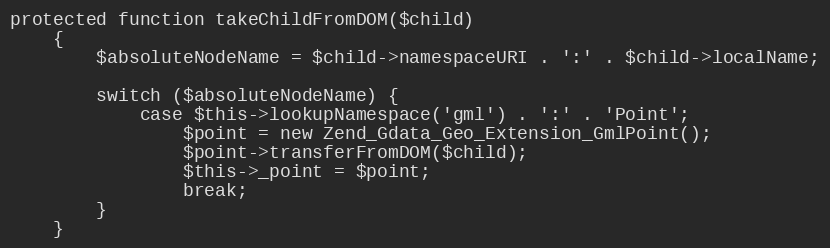
Language: PHP
protected function takeChildFromDOM($child)
    {
        $absoluteNodeName = $child->namespaceURI . ':' . $child->localName;

        switch ($absoluteNodeName) {
            case $this->lookupNamespace('gml') . ':' . 'Point';
                $point = new Zend_Gdata_Geo_Extension_GmlPoint();
                $point->transferFromDOM($child);
                $this->_point = $point;
                break;
        }
    }